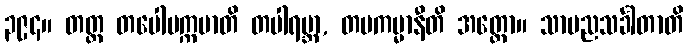
၃၉၄။ တတ္ထ တပေါပက္ကမာတိ တပါရမ္ဘာ, တပကမ္မာနီတိ အတ္ထော။ သာမညသင်္ခါတာတိ